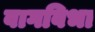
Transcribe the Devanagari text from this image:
वागविभा